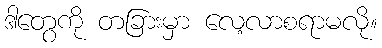
ဒါတွေကို တခြားမှာ လေ့လာစရာမလို။